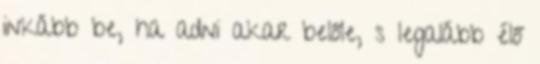
inkább be, ha adni akar belőle, s legalább élő